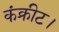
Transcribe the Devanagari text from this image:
कंक्रीट।